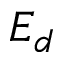
E _ { d }